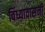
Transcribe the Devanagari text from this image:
विंध्यावासनी